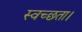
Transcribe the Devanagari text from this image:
स्वच्छता।